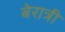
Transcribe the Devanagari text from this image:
बेरात्री